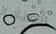
العذاب